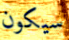
سيكون